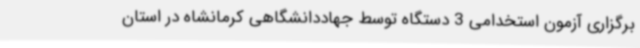
برگزاری آزمون استخدامی 3 دستگاه توسط جهاددانشگاهی کرمانشاه در استان